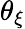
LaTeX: \theta_{\xi}